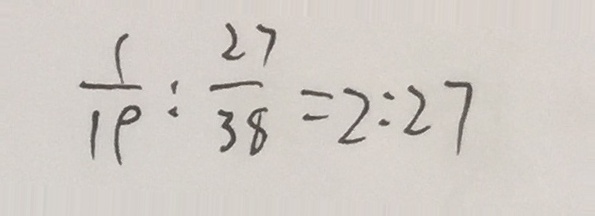
\frac { 1 } { 1 9 } : \frac { 2 7 } { 3 8 } = 2 : 2 7